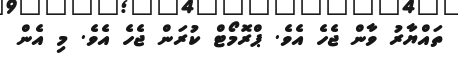
ތައްޔާރު ވާން ޖެހެ އެވެ. ޕްރޮމޯޓް ކުރަން ޖެހެ އެވެ. މި އެން